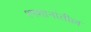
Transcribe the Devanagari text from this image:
श्मशानांतील